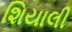
શિયાલી